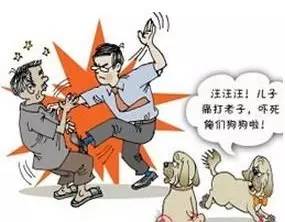
不得乎亲，不可以为人不顺乎亲，不可以为子。